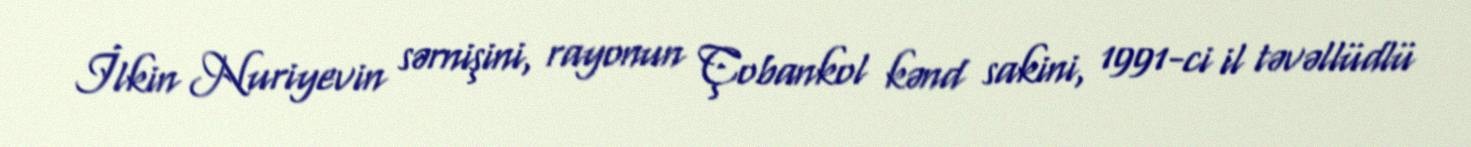
İlkin Nuriyevin sərnişini, rayonun Çobankol kənd sakini, 1991-ci il təvəllüdlü